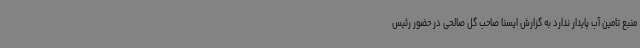
منبع تامین آب پایدار ندارد به گزارش ایسنا صاحب گل صالحی در حضور رئیس